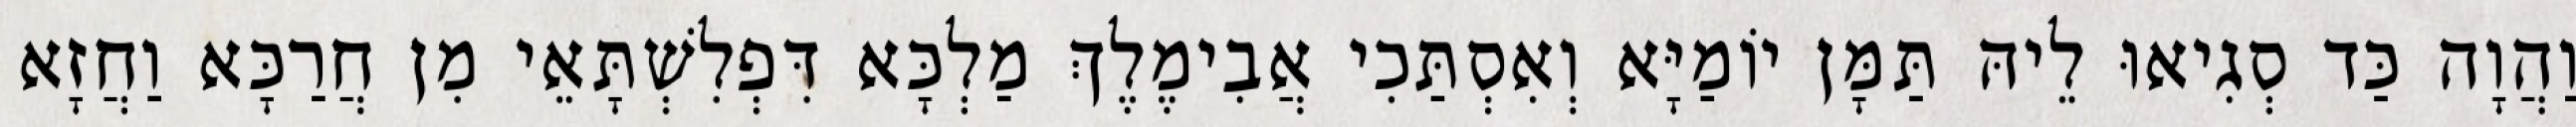
וַהֲוָה כַּד סְגִיאוּ לֵיהּ תַּמָּן יוֹמַיָּא וְאִסְתַּכִי אֲבִימֶלֶךְ מַלְכָּא דִּפְלִשְׁתָּאֵי מִן חֲרַכָּא וַחֲזָא